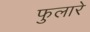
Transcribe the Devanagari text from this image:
फुलारे